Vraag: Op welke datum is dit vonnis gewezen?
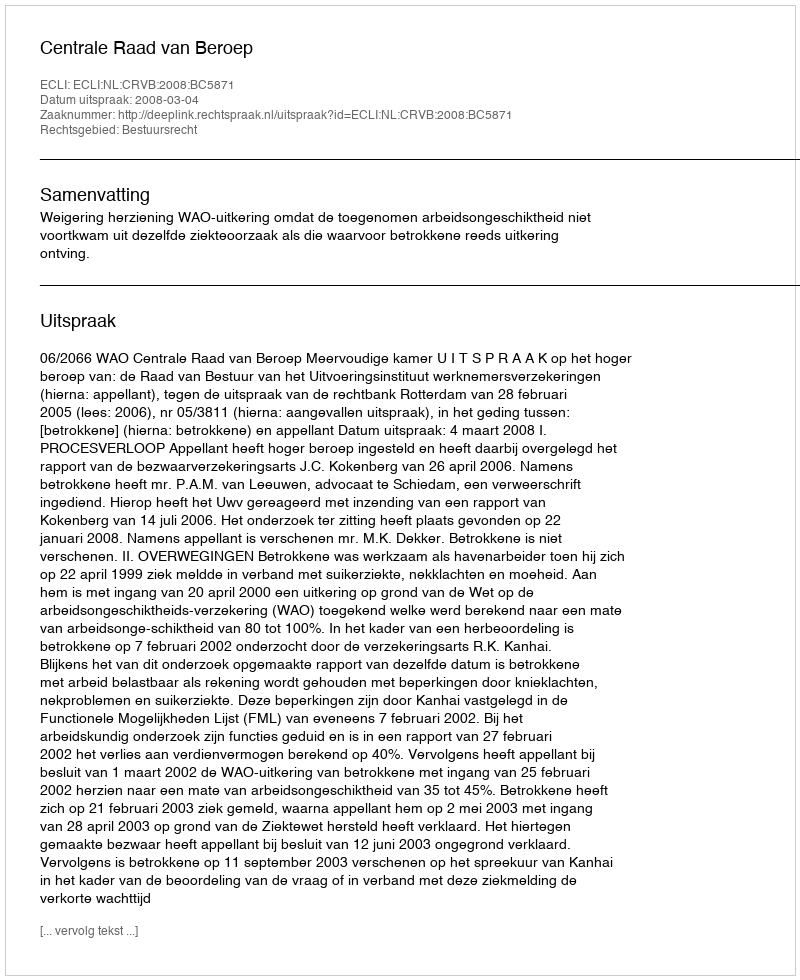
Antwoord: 2008-03-04